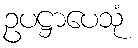
ဥပဋ္ဌာပေသုံ